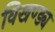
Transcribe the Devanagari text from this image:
विखण्ड्य